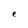
Character: e